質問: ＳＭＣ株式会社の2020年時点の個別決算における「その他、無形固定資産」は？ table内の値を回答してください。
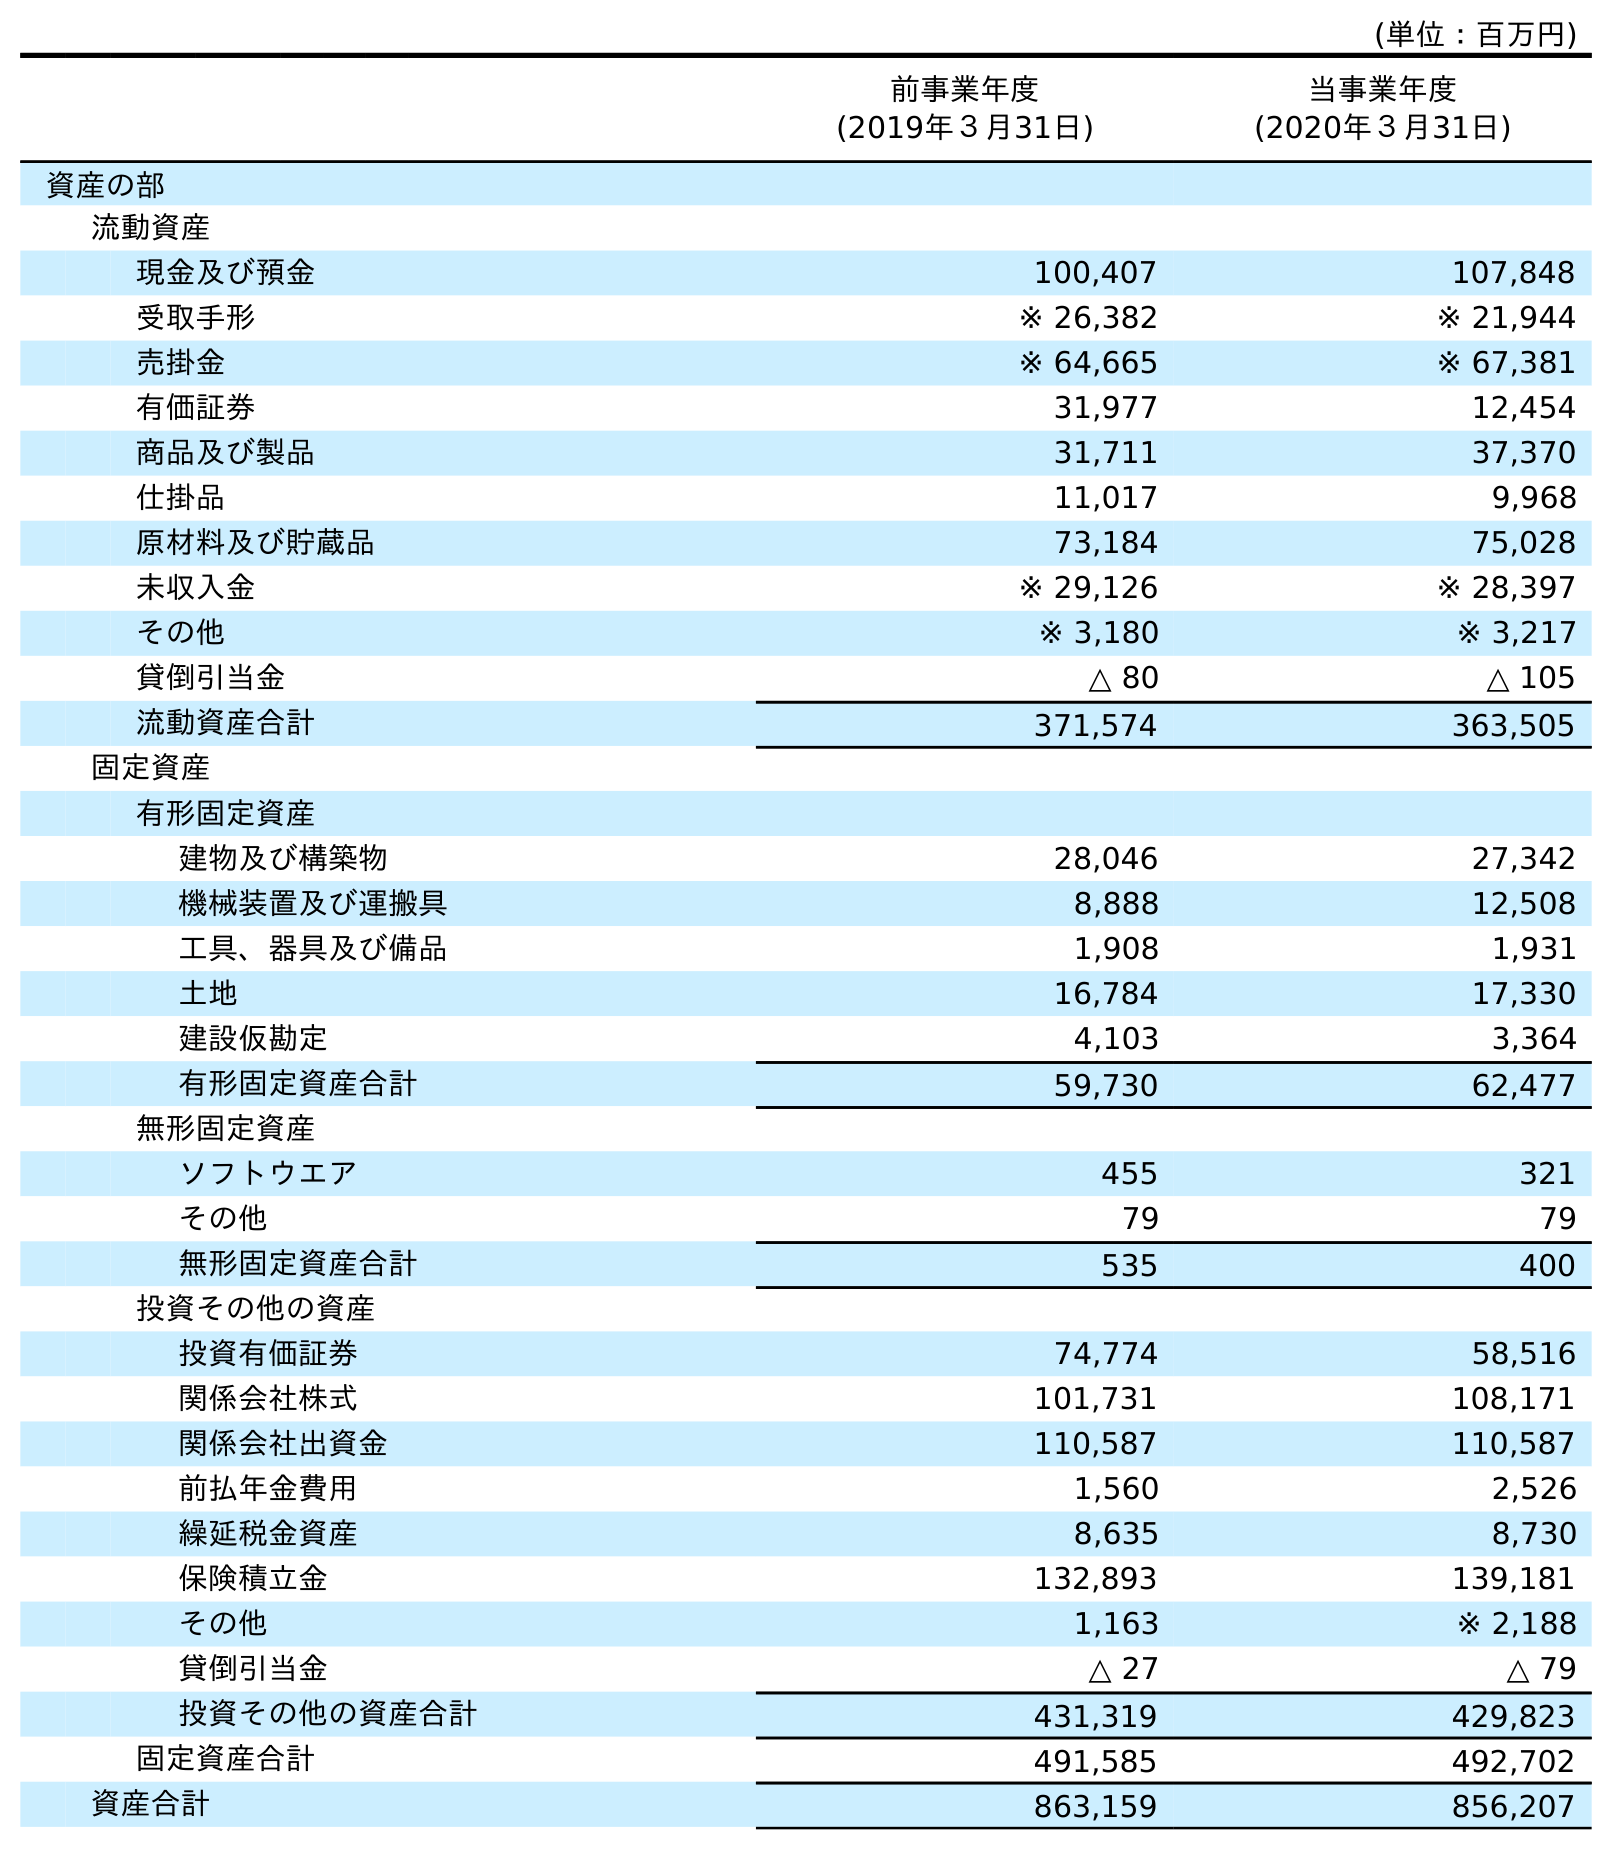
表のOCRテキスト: (単位：百万円) 前事業年度 (2019年３月31日) 当事業年度 (2020年３月31日) 資産の部 流動資産 現金及び預金 100,407 107,848 受取手形 ※ 26,382 ※ 21,944 売掛金 ※ 64,665 ※ 67,381 有価証券 31,977 12,454 商品及び製品 31,711 37,370 仕掛品 11,017 9,968 原材料及び貯蔵品 73,184 75,028 未収入金 ※ 29,126 ※ 28,397 その他 ※ 3,180 ※ 3,217 貸倒引当金 △ 80 △ 105 流動資産合計 371,574 363,505 固定資産 有形固定資産 建物及び構築物 28,046 27,342 機械装置及び運搬具 8,888 12,508 工具、器具及び備品 1,908 1,931 土地 16,784 17,330 建設仮勘定 4,103 3,364 有形固定資産合計 59,730 62,477 無形固定資産 ソフトウエア 455 321 その他 79 79 無形固定資産合計 535 400 投資その他の資産 投資有価証券 74,774 58,516 関係会社株式 101,731 108,171 関係会社出資金 110,587 110,587 前払年金費用 1,560 2,526 繰延税金資産 8,635 8,730 保険積立金 132,893 139,181 その他 1,163 ※ 2,188 貸倒引当金 △ 27 △ 79 投資その他の資産合計 431,319 429,823 固定資産合計 491,585 492,702 資産合計 863,159 856,207
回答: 79